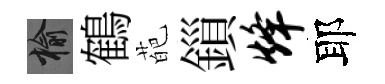
榆鶴葩鎻烽耶